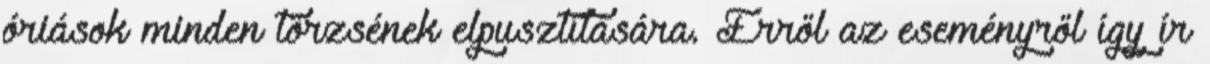
óriások minden törzsének elpusztítására. Erről az eseményről így ír